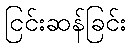
ငြင်းဆန်ခြင်း